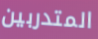
المتدربين